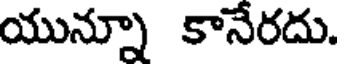
యున్నూ కానేరదు.